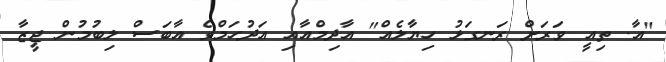
"އާ. ތިއީ ވަރަށް ރަނގަޅު ހިޔާލެއް" އާދިމްއާއި އަދުހަމްގެ އާބަސް ލިބުމުން ޖީޒާ